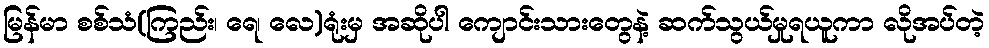
မြန်မာ စစ်သံ(ကြည်း၊ ရေ၊ လေ)ရုံးမှ အဆိုပါ ကျောင်းသားတွေနဲ့ ဆက်သွယ်မှုရယူကာ လိုအပ်တဲ့